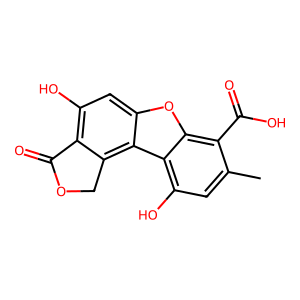
SMILES: Cc1cc(O)c2c(oc3cc(O)c4c(c32)COC4=O)c1C(=O)O
Inhibits HIV replication: No